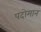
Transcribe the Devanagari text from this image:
पदोमान